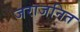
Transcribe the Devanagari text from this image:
जराजनित